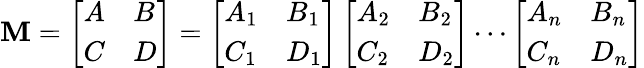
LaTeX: \mathbf{M}=\left[\begin{array}{ll}{A}&{B}\\ {C}&{D}\end{array}\right]=\left[\begin{array}{ll}{A_{1}}&{B_{1}}\\ {C_{1}}&{D_{1}}\end{array}\right]\left[\begin{array}{ll}{A_{2}}&{B_{2}}\\ {C_{2}}&{D_{2}}\end{array}\right]\cdots\left[\begin{array}{ll}{A_{n}}&{B_{n}}\\ {C_{n}}&{D_{n}}\end{array}\right]